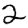
Digit: 2